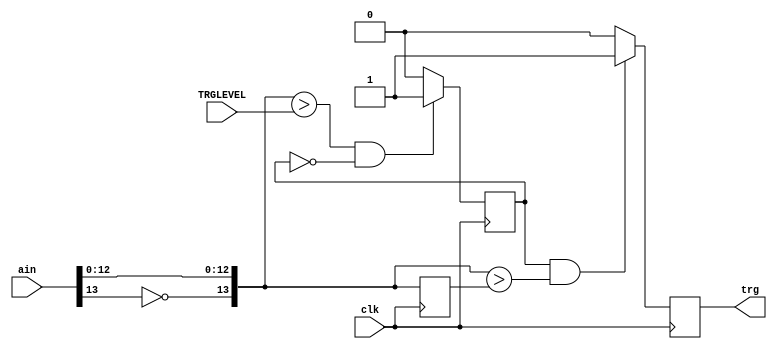
`timescale 1ns / 1ps

//14'h2300<- 3V TRG LEVEL

module trig_modv2(ain,clk,trg,TRGLEVEL);
input [0:0]  clk;
input [13:0] ain;
input signed [13:0] TRGLEVEL;
output  trg;

reg [0:0] flag;
reg [0:0] trgreg;
reg signed [13:0] predata;

wire signed [13:0] step0;

assign step0 = {~ain[13],ain[12:0]};

always @(posedge clk)begin
    if(step0>TRGLEVEL && flag==1'b0)
        flag = 1'b1;
    else
        flag = 1'b0;
end

always @(posedge clk)begin
        predata <= step0;
end

always @(posedge clk)begin
    if(flag && step0 > predata)
        trgreg <= 1'b1;
    else
        trgreg <= 1'b0;
end



assign trg = trgreg;
        
        

endmodule